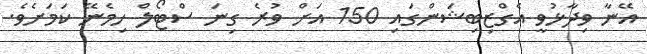
އޭނާ ވިދާޅުވީ އެގްޒިބިޝަންގައި 150 އަށް ވުރެ ގިނަ ސްޓޯލް ހިމެނޭ ކަމަށެވެ.